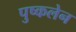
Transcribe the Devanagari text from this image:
पुष्कलेन